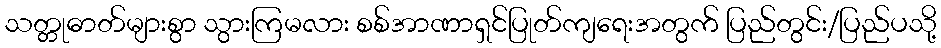
သတ္တုဓာတ်များစွာ သွားကြမလား စစ်အာဏာရှင်ပြုတ်ကျရေးအတွက် ပြည်တွင်း/ပြည်ပသို့